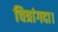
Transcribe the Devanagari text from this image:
चित्रांगदा।